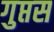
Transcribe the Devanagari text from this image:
गुप्तस